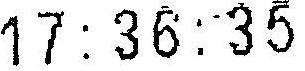
17:36:35